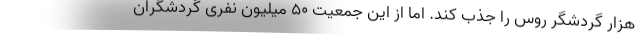
هزار گردشگر روس را جذب کند. امّا از این جمعیت 50 میلیون نفری گردشگران